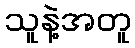
သူနဲ့အတူ